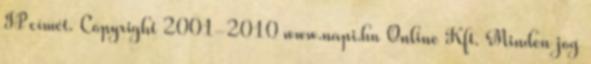
IP címét. Copyright 2001-2010 www.napi.hu Online Kft. Minden jog